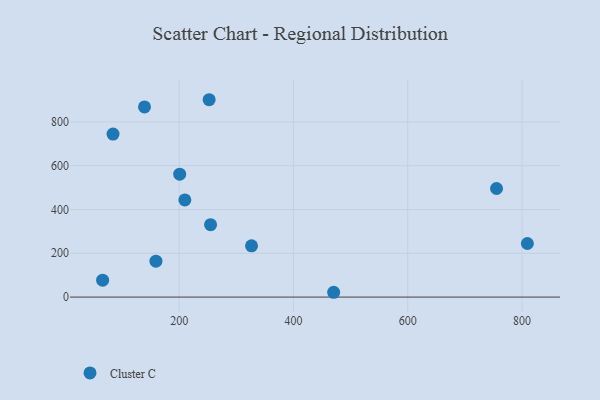
{"axis": {"x": "Distance", "y": "Salary"}, "legend": ["Cluster C"], "data": [{"x": "755.4", "y": 495.9, "type": "Cluster C"}, {"x": "201.0", "y": 561.3, "type": "Cluster C"}, {"x": "255.0", "y": 330.7, "type": "Cluster C"}, {"x": "159.4", "y": 164.2, "type": "Cluster C"}, {"x": "139.4", "y": 868.3, "type": "Cluster C"}, {"x": "210.0", "y": 443.9, "type": "Cluster C"}, {"x": "66.1", "y": 77.4, "type": "Cluster C"}, {"x": "252.5", "y": 901.2, "type": "Cluster C"}, {"x": "809.4", "y": 244.6, "type": "Cluster C"}, {"x": "470.4", "y": 22.0, "type": "Cluster C"}, {"x": "326.7", "y": 234.2, "type": "Cluster C"}, {"x": "84.3", "y": 744.2, "type": "Cluster C"}]}